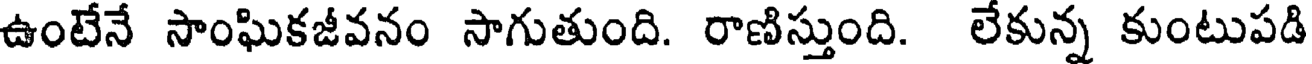
ఉంటేనే సాంఘికజీవనం సాగుతుంది. రాణిస్తుంది. లేకున్న కుంటుపడి